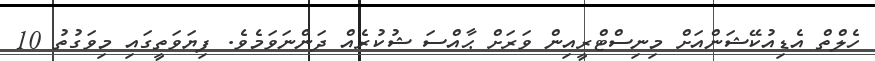
ހެލްތް އެޑިއުކޭޝަންއަށް މިނިސްޓްރީއިން ވަރަށް ޙާއްސަ ޝުކުރެއް ދަންނަވަމެވެ. ފިޔަވަތީގައި މިވަގުތު 10